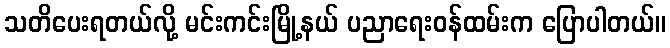
သတိပေးရတယ်လို့ မင်းကင်းမြို့နယ် ပညာရေးဝန်ထမ်းက ပြောပါတယ်။